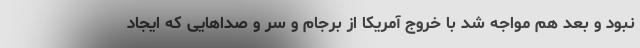
نبود و بعد هم مواجه شد با خروج آمریکا از برجام و سر و صداهایی که ایجاد